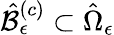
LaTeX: \hat{\mathcal{B}}_{\epsilon}^{\left(c\right)}\subset\hat{\Omega}_{\epsilon}